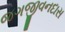
જગજીવનદાસ